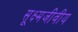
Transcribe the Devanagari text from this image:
सूक्ष्मजीवीय